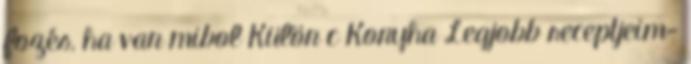
fozés, ha van mibol Külön c Konyha Legjobb receptjeim-